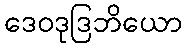
ဒေဝဒုဒြဘိယော